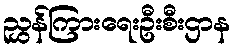
ညွှန်ကြားရေးဦးစီးဌာန